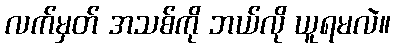
လက်မှတ် အသစ်ကို ဘယ်လို ယူရမလဲ။